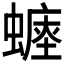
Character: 𧐷